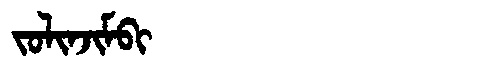
Manchu: ᠵᠣᠯᡳᠨᠵᡳᠮᠪᡳ
Romanization: JOLINJIMBI